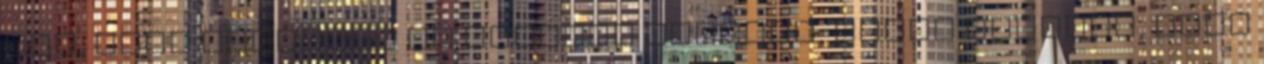
azé, amit mívesnek is szoktak mondani, pedig másféle, mert